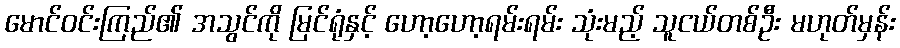
မောင်ဝင်းကြည်၏ အသွင်ကို မြင်ရုံနှင့် ဟော့ဟော့ရမ်းရမ်း သုံးမည့် သူငယ်တစ်ဦး မဟုတ်မှန်း